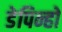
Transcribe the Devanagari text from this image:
डेपिन्हो